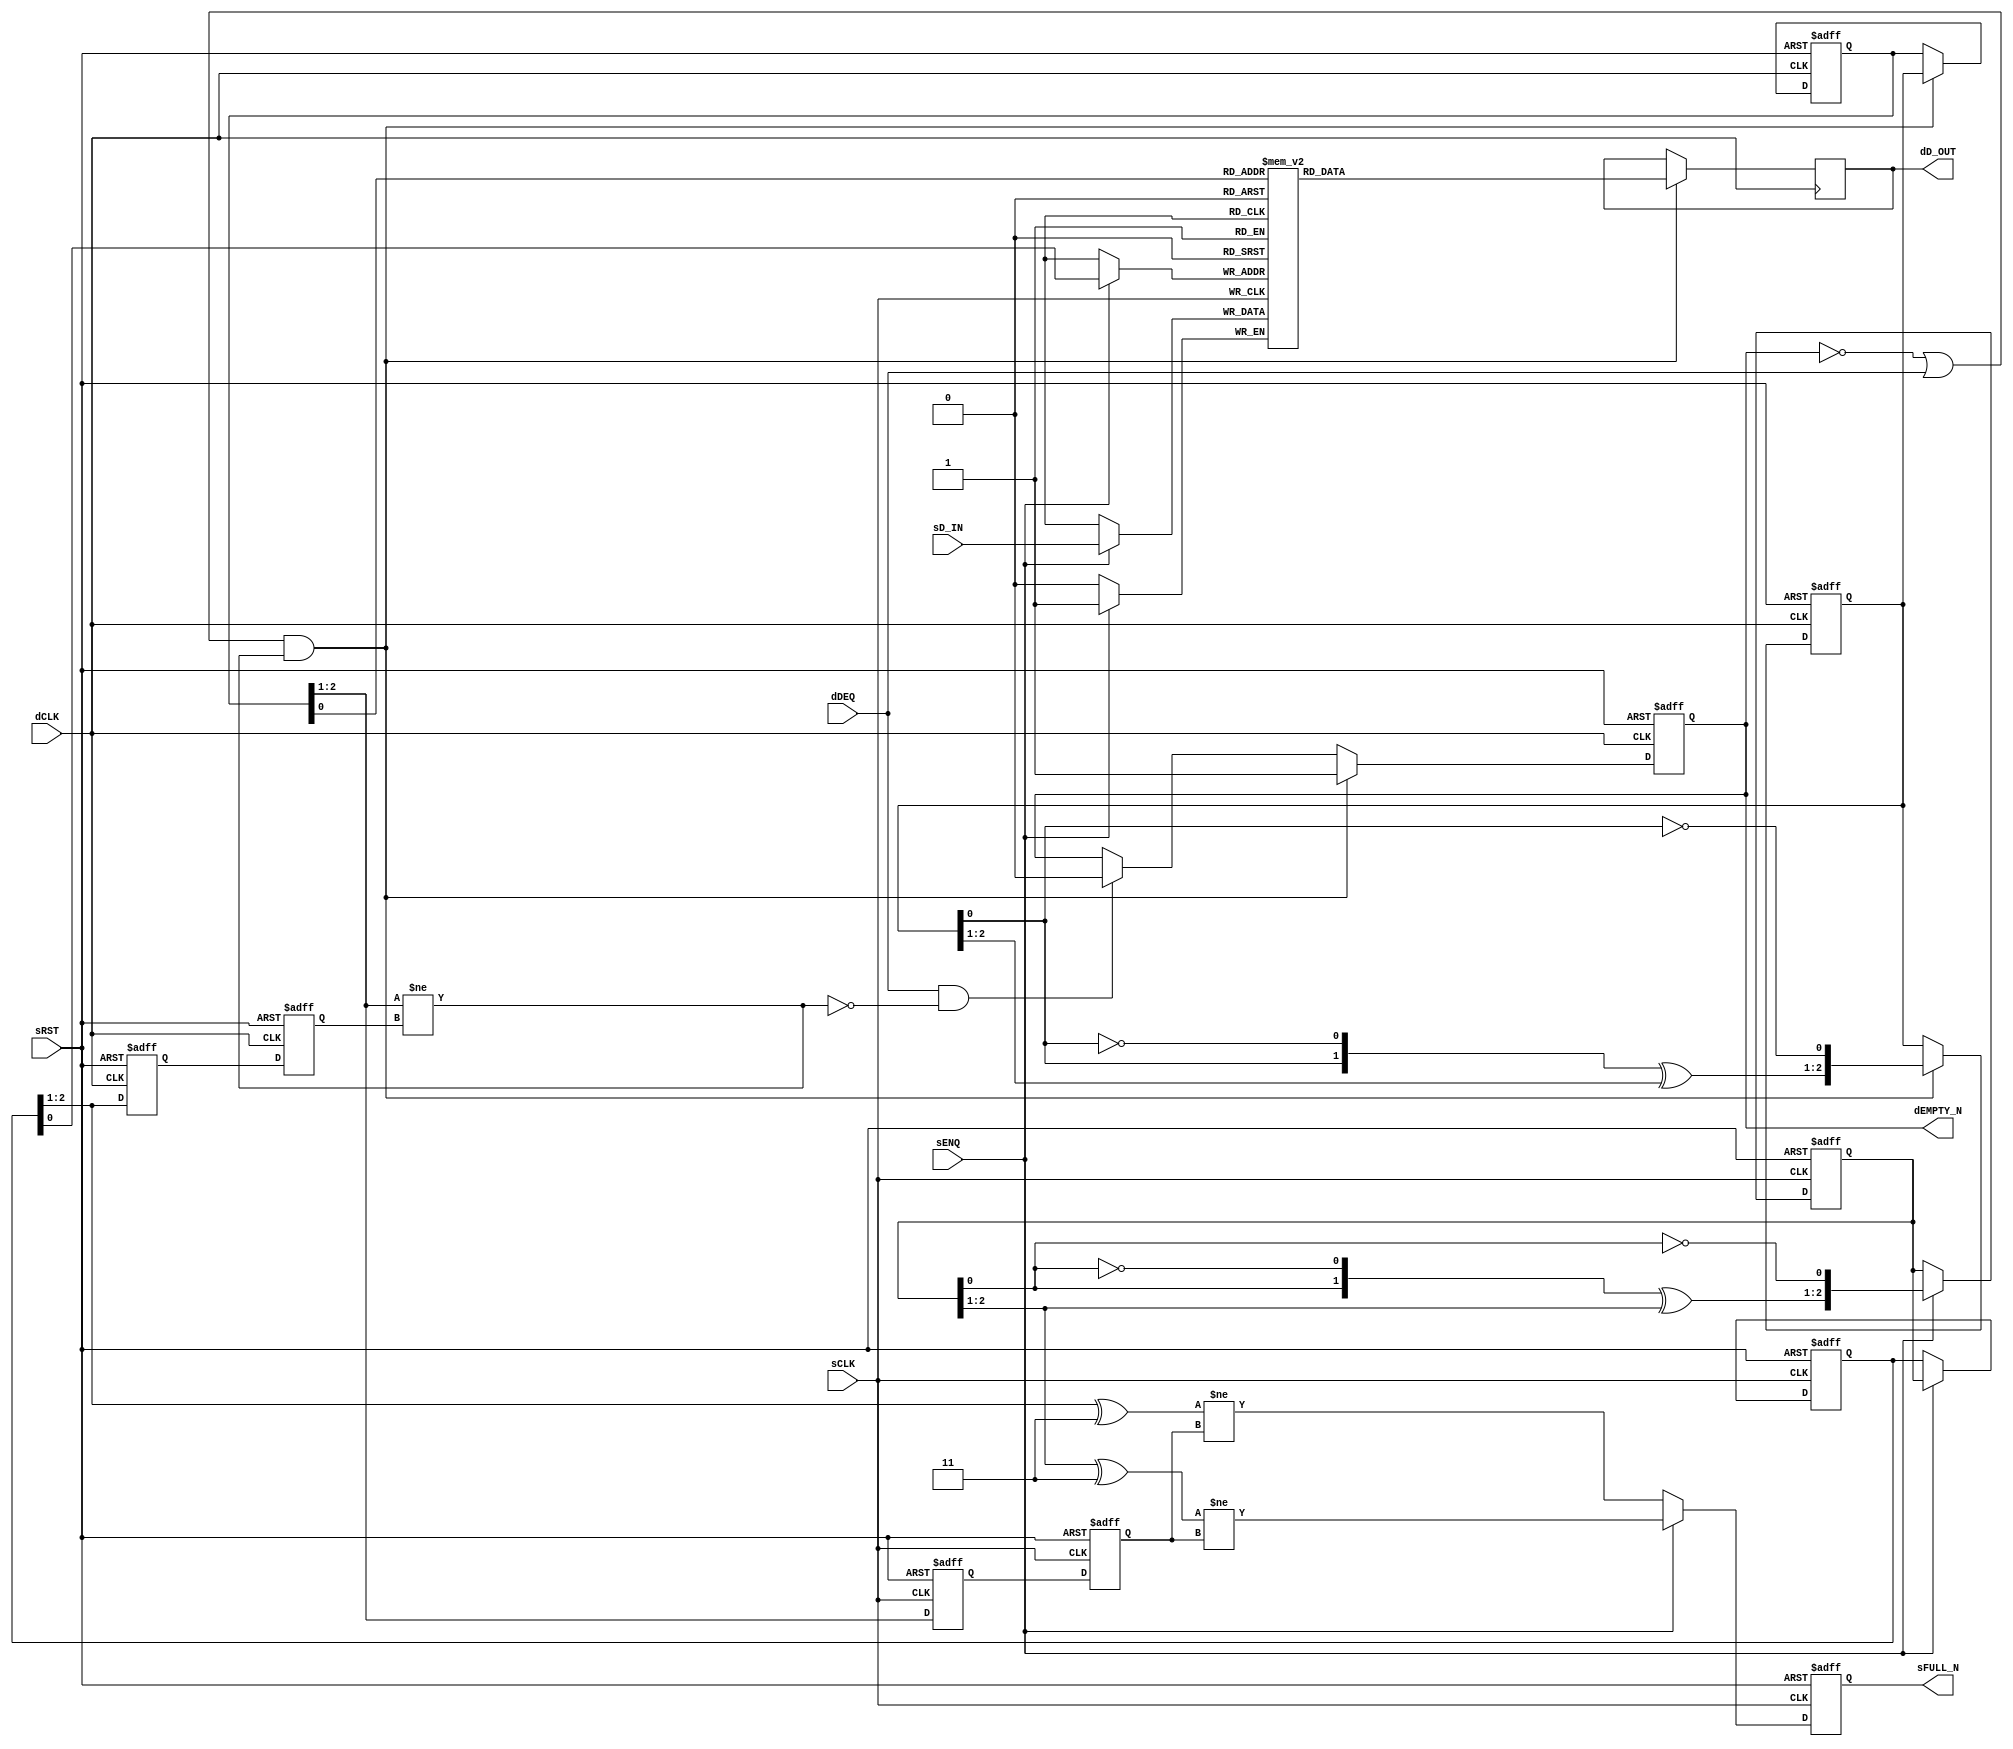

`ifdef BSV_ASSIGNMENT_DELAY
`else
  `define BSV_ASSIGNMENT_DELAY
`endif

`ifdef BSV_POSITIVE_RESET
  `define BSV_RESET_VALUE 1'b1
  `define BSV_RESET_EDGE posedge
`else
  `define BSV_RESET_VALUE 1'b0
  `define BSV_RESET_EDGE negedge
`endif

`ifdef BSV_RESET_FIFO_HEAD
 `define BSV_RESET_EDGE_HEAD or `BSV_RESET_EDGE dRST
`else
 `define BSV_RESET_EDGE_HEAD
`endif


// A clock synchronization FIFO where the enqueue and dequeue sides are in
// different clock domains.
// There are no restrictions w.r.t. clock frequencies
// The depth of the FIFO must be a power of 2 (2,4,8,...) since the
// indexing uses a Gray code counter.
// FULL and EMPTY signal are pessimistic, that is, they are asserted
// immediately when the FIFO becomes FULL or EMPTY, but their deassertion
// is delayed due to synchronization latency.
module SyncFIFO(
                sCLK,
                sRST,
                dCLK,
                sENQ,
                sD_IN,
                sFULL_N,
                dDEQ,
                dD_OUT,
                dEMPTY_N
                ) ;


   parameter                 dataWidth = 1 ;
   parameter                 depth = 2 ; // minimum 2
   parameter                 indxWidth = 1 ; // minimum 1

   // input clock domain ports
   input                     sCLK ;
   input                     sRST ;
   input                     sENQ ;
   input [dataWidth -1 : 0]  sD_IN ;
   output                    sFULL_N ;

   // destination clock domain ports
   input                     dCLK ;
   input                     dDEQ ;
   output                    dEMPTY_N ;
   output [dataWidth -1 : 0] dD_OUT ;

   // constants for bit masking of the gray code
   wire [indxWidth : 0]      msbset  = ~({(indxWidth + 1){1'b1}} >> 1) ;
   wire [indxWidth - 1 : 0]  msb2set = ~({(indxWidth + 0){1'b1}} >> 1) ;
   wire [indxWidth : 0]      msb12set = msbset | {1'b0, msb2set} ; // 'b11000...

   // FIFO Memory
   reg [dataWidth -1 : 0]    fifoMem [0: depth -1 ] ;
   reg [dataWidth -1 : 0]    dDoutReg ;

   // Enqueue Pointer support
   reg [indxWidth +1 : 0]    sGEnqPtr, sGEnqPtr1 ; // Flops
   reg                       sNotFullReg ;
   wire                      sNextNotFull, sFutureNotFull ;

   // Dequeue Pointer support
   reg [indxWidth+1 : 0]       dGDeqPtr, dGDeqPtr1 ; // Flops
   reg                       dNotEmptyReg ;
   wire                      dNextNotEmpty;

   // Reset generation
   wire                      dRST ;

   // flops to sychronize enqueue and dequeue point across domains
   reg [indxWidth : 0]       dSyncReg1, dEnqPtr ;
   reg [indxWidth : 0]       sSyncReg1, sDeqPtr ;

   wire [indxWidth - 1 :0]   sEnqPtrIndx, dDeqPtrIndx ;

   // Resets
   assign                    dRST = sRST ;

   // Outputs
   assign                    dD_OUT   = dDoutReg     ;
   assign                    dEMPTY_N = dNotEmptyReg ;
   assign                    sFULL_N  = sNotFullReg  ;

   // Indexes are truncated from the Gray counter with parity
   assign                    sEnqPtrIndx  = sGEnqPtr[indxWidth-1:0];
   assign                    dDeqPtrIndx  = dGDeqPtr[indxWidth-1:0];

   // Fifo memory write
   always @(posedge sCLK)
     begin
        if ( sENQ )
          fifoMem[sEnqPtrIndx] <= `BSV_ASSIGNMENT_DELAY sD_IN ;
     end // always @ (posedge sCLK)

   ////////////////////////////////////////////////////////////////////////
   // Enqueue Pointer and increment logic
   assign sNextNotFull   = (sGEnqPtr [indxWidth+1:1] ^ msb12set) != sDeqPtr ;
   assign sFutureNotFull = (sGEnqPtr1[indxWidth+1:1] ^ msb12set) != sDeqPtr ;

   always @(posedge sCLK or `BSV_RESET_EDGE sRST)
     begin
        if (sRST == `BSV_RESET_VALUE)
          begin
             sGEnqPtr    <= `BSV_ASSIGNMENT_DELAY {(indxWidth +2 ) {1'b0}} ;
             sGEnqPtr1   <= `BSV_ASSIGNMENT_DELAY { {indxWidth {1'b0}}, 2'b11} ;
             sNotFullReg <= `BSV_ASSIGNMENT_DELAY 1'b0 ; // Mark as full during reset to avoid spurious loads
          end // if (sRST == `BSV_RESET_VALUE)
        else
           begin
              if ( sENQ )
                begin
                   sGEnqPtr1   <= `BSV_ASSIGNMENT_DELAY incrGrayP( sGEnqPtr1 ) ;
                   sGEnqPtr    <= `BSV_ASSIGNMENT_DELAY sGEnqPtr1 ;
                   sNotFullReg <= `BSV_ASSIGNMENT_DELAY sFutureNotFull ;
                end // if ( sENQ )
              else
                begin
                   sNotFullReg <= `BSV_ASSIGNMENT_DELAY  sNextNotFull ;
                end // else: !if( sENQ )
           end // else: !if(sRST == `BSV_RESET_VALUE)
     end // always @ (posedge sCLK or `BSV_RESET_EDGE sRST)


   // Enqueue pointer synchronizer to dCLK
   always @(posedge dCLK  or `BSV_RESET_EDGE dRST)
     begin
        if (dRST == `BSV_RESET_VALUE)
          begin
             dSyncReg1 <= `BSV_ASSIGNMENT_DELAY {(indxWidth + 1) {1'b0}} ;
             dEnqPtr   <= `BSV_ASSIGNMENT_DELAY {(indxWidth + 1) {1'b0}} ;
          end // if (dRST == `BSV_RESET_VALUE)
        else
          begin
             dSyncReg1 <= `BSV_ASSIGNMENT_DELAY sGEnqPtr[indxWidth+1:1] ; // Clock domain crossing
             dEnqPtr   <= `BSV_ASSIGNMENT_DELAY dSyncReg1 ;
          end // else: !if(dRST == `BSV_RESET_VALUE)
     end // always @ (posedge dCLK  or `BSV_RESET_EDGE dRST)
   ////////////////////////////////////////////////////////////////////////


   ////////////////////////////////////////////////////////////////////////
   // Enqueue Pointer and increment logic
   assign dNextNotEmpty   = dGDeqPtr[indxWidth+1:1]  != dEnqPtr ;

   always @(posedge dCLK or `BSV_RESET_EDGE dRST)
     begin
        if (dRST == `BSV_RESET_VALUE)
          begin
             dGDeqPtr     <= `BSV_ASSIGNMENT_DELAY {(indxWidth + 2) {1'b0}} ;
             dGDeqPtr1    <= `BSV_ASSIGNMENT_DELAY {{indxWidth {1'b0}}, 2'b11 } ;
             dNotEmptyReg <= `BSV_ASSIGNMENT_DELAY 1'b0 ;
          end // if (dRST == `BSV_RESET_VALUE)
        else
           begin
              if ((!dNotEmptyReg || dDEQ) && dNextNotEmpty) begin
                 dGDeqPtr     <= `BSV_ASSIGNMENT_DELAY dGDeqPtr1 ;
                 dGDeqPtr1    <= `BSV_ASSIGNMENT_DELAY incrGrayP( dGDeqPtr1 );
                 dNotEmptyReg <= `BSV_ASSIGNMENT_DELAY 1'b1;
              end
              else if (dDEQ && !dNextNotEmpty) begin
                 dNotEmptyReg <= `BSV_ASSIGNMENT_DELAY 1'b0;
              end
           end // else: !if(dRST == `BSV_RESET_VALUE)
     end // always @ (posedge dCLK or `BSV_RESET_EDGE dRST)


   always @(posedge dCLK `BSV_RESET_EDGE_HEAD)
     begin
`ifdef  BSV_RESET_FIFO_HEAD
        if (dRST == `BSV_RESET_VALUE)
          begin
             dDoutReg    <= `BSV_ASSIGNMENT_DELAY {dataWidth {1'b0}} ;
          end // if (dRST == `BSV_RESET_VALUE)
        else
`endif
          begin
             if ((!dNotEmptyReg || dDEQ) && dNextNotEmpty) begin
                dDoutReg     <= `BSV_ASSIGNMENT_DELAY fifoMem[dDeqPtrIndx] ;
             end
          end
     end

    // Dequeue pointer synchronized to sCLK
    always @(posedge sCLK  or `BSV_RESET_EDGE sRST)
      begin
         if (sRST == `BSV_RESET_VALUE)
           begin
              sSyncReg1 <= `BSV_ASSIGNMENT_DELAY {(indxWidth + 1) {1'b0}} ;
              sDeqPtr   <= `BSV_ASSIGNMENT_DELAY {(indxWidth + 1) {1'b0}} ; // When reset mark as not empty
           end // if (sRST == `BSV_RESET_VALUE)
         else
           begin
              sSyncReg1 <= `BSV_ASSIGNMENT_DELAY dGDeqPtr[indxWidth+1:1] ; // clock domain crossing
              sDeqPtr   <= `BSV_ASSIGNMENT_DELAY sSyncReg1 ;
           end // else: !if(sRST == `BSV_RESET_VALUE)
      end // always @ (posedge sCLK  or `BSV_RESET_EDGE sRST)
   ////////////////////////////////////////////////////////////////////////

`ifdef BSV_NO_INITIAL_BLOCKS
`else // not BSV_NO_INITIAL_BLOCKS
   // synopsys translate_off
   initial
     begin : initBlock
        integer i ;

        // initialize the FIFO memory with aa's
        for (i = 0; i < depth; i = i + 1)
          begin
             fifoMem[i] = {((dataWidth + 1)/2){2'b10}} ;
          end
        dDoutReg     = {((dataWidth + 1)/2){2'b10}} ;

        // initialize the pointer
        sGEnqPtr = {((indxWidth + 2)/2){2'b10}} ;
        sGEnqPtr1 = sGEnqPtr ;
        sNotFullReg = 1'b0 ;

        dGDeqPtr = sGEnqPtr ;
        dGDeqPtr1 = sGEnqPtr ;
        dNotEmptyReg = 1'b0;


        // initialize other registers
        sSyncReg1 = sGEnqPtr ;
        sDeqPtr   = sGEnqPtr ;
        dSyncReg1 = sGEnqPtr ;
        dEnqPtr   = sGEnqPtr ;
     end // block: initBlock
   // synopsys translate_on



   // synopsys translate_off
   initial
     begin : parameter_assertions
        integer ok ;
        integer i, expDepth ;

        ok = 1;
        expDepth = 1 ;

        // calculate x = 2 ** (indxWidth - 1)
        for( i = 0 ; i < indxWidth ; i = i + 1 )
          begin
             expDepth = expDepth * 2 ;
          end // for ( i = 0 ; i < indxWidth ; i = i + 1 )

        if ( expDepth != depth )
          begin
             ok = 0;
             $display ( "ERROR SyncFiFO.v: index size and depth do not match;" ) ;
             $display ( "\tdepth must equal 2 ** index size. expected %0d", expDepth );
          end

        #0
        if ( ok == 0 ) $finish ;

      end // initial begin
   // synopsys translate_on
`endif // BSV_NO_INITIAL_BLOCKS

   function [indxWidth+1:0] incrGrayP ;
      input [indxWidth+1:0] grayPin;

      begin: incrGrayPBlock
         reg [indxWidth :0] g;
         reg                p ;
         reg [indxWidth :0] i;

         g = grayPin[indxWidth+1:1];
         p = grayPin[0];
         i = incrGray (g,p);
         incrGrayP = {i,~p};
      end
   endfunction
   function [indxWidth:0] incrGray ;
      input [indxWidth:0] grayin;
      input parity ;

      begin: incrGrayBlock
         integer               i;
         reg [indxWidth: 0]    tempshift;
         reg [indxWidth: 0]    flips;

         flips[0] = ! parity ;
         for ( i = 1 ; i < indxWidth ; i = i+1 )
           begin
              tempshift = grayin << (2 + indxWidth - i ) ;
              flips[i]  = parity & grayin[i-1] & ~(| tempshift ) ;
           end
         tempshift = grayin << 2 ;
         flips[indxWidth] = parity & ~(| tempshift ) ;

         incrGray = flips ^ grayin ;
      end
   endfunction

endmodule // FIFOSync


`ifdef testBluespec
module testSyncFIFO() ;
   parameter dsize = 8;
   parameter fifodepth = 32;
   parameter fifoidx = 5;

   wire      sCLK,  dCLK, dRST ;
   wire      sENQ, dDEQ;
   wire      sFULL_N, dEMPTY_N ;
   wire [dsize -1:0] sDIN, dDOUT ;

   reg [dsize -1:0]  sCNT, dCNT ;
   reg sRST, sCLR ;

   ClockGen#(15,14,10)  sc( sCLK );
   ClockGen#(11,12,2600)  dc( dCLK );

   initial
     begin
        sCNT = 0;
        dCNT = 0;
        sCLR = 1'b0 ;

        sRST = `BSV_RESET_VALUE ;
        $display( "running test" ) ;

        $dumpfile("SyncFIFO.vcd");
        $dumpvars(5,testSyncFIFO) ;
        $dumpon ;
        #200 ;
        sRST = !`BSV_RESET_VALUE ;


        #100000 $finish ;
     end // initial begin
   initial
     begin
        #50000 ;
        @(posedge sCLK ) ;
        sCLR <= `BSV_ASSIGNMENT_DELAY 1'b1 ;
        @(posedge sCLK ) ;
        sCLR <= `BSV_ASSIGNMENT_DELAY 1'b0 ;

      end

   SyncFIFO #(dsize,fifodepth,fifoidx)
     dut( sCLK, sRST, dCLK, sENQ, sDIN,
          sFULL_N, // sCLR,
          dDEQ, dDOUT, dEMPTY_N );

   assign sDIN = sCNT ;
   assign sENQ = sFULL_N ;


   always @(posedge sCLK)
     begin
        if (sENQ )
          begin
             sCNT <= `BSV_ASSIGNMENT_DELAY sCNT + 1;
          end
      end // always @ (posedge sCLK)

   assign dDEQ = dEMPTY_N ;

   always @(posedge dCLK)
     begin
        if (dDEQ )
           begin
              $display( "dequeing %d", dDOUT ) ;
           end
     end // always @ (posedge dCLK)

endmodule // testSyncFIFO
`endif